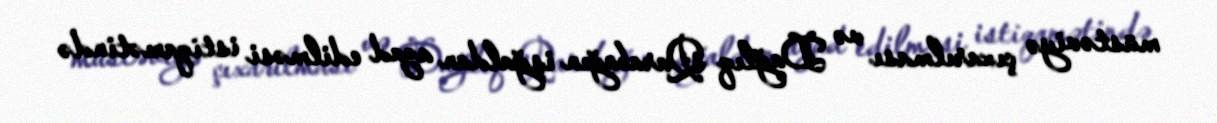
müstəviyə çıxarılması və Dağlıq Qarabağın işğaldan azad edilməsi istiqamətində